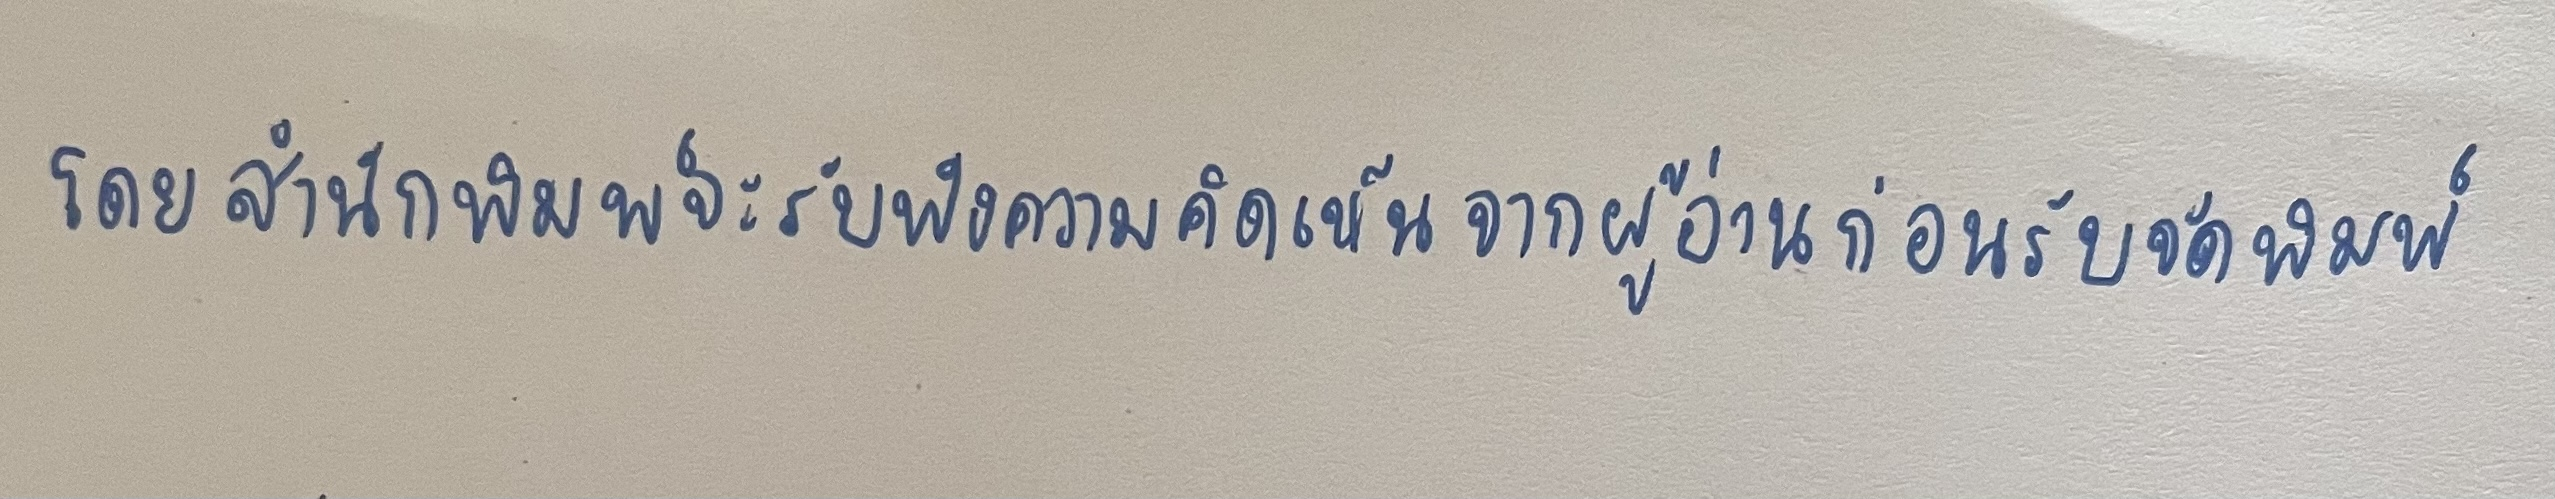
โดยสำนักพิมพ์จะรับฟังความคิดเห็นจากผู้อ่านก่อนรับจัดพิมพ์